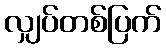
လျှပ်တစ်ပြက်